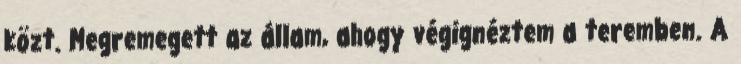
közt. Megremegett az állam, ahogy végignéztem a teremben. A